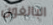
البالغون